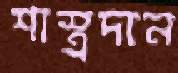
শাস্ত্রদান